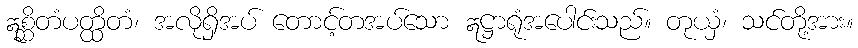
ဣစ္ဆိတံပတ္ထိတံ၊ အလိုရှိအပ် တောင့်တအပ်သော ဣဋ္ဌာရုံအပေါင်းသည်။ တုယှံ၊ သင်တို့အား။